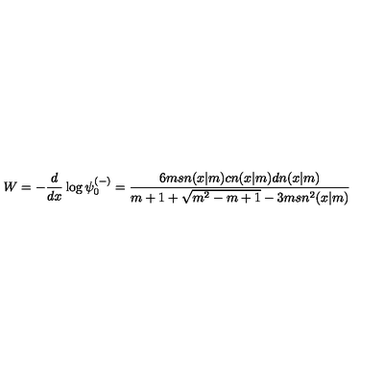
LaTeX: W = - { \frac { d } { d x } } \log \psi _ { 0 } ^ { ( - ) } = { \frac { 6 m s n ( x | m ) c n ( x | m ) d n ( x | m ) } { m + 1 + \sqrt { m ^ { 2 } - m + 1 } - 3 m s n ^ { 2 } ( x | m ) } }